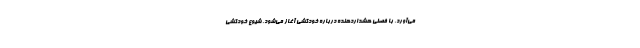
می‌آورد، با فصلی هشداردهنده دربارهٔ خودکشی آغاز می‌شود. شیوع خودکشی